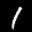
Label: 1